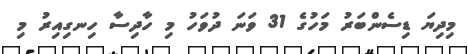
މިދިޔަ ޑިސެންބަރު މަހުގެ 31 ވަނަ ދުވަހު މި ހާދިސާ ހިނގިއިރު މި